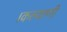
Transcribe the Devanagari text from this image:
।कल्याणी